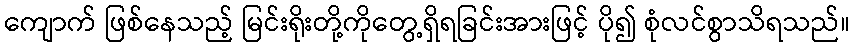
ကျောက် ဖြစ်နေသည့် မြင်းရိုးတို့ကိုတွေ့ရှိရခြင်းအားဖြင့် ပို၍ စုံလင်စွာသိရသည်။